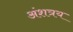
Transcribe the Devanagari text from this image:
अंशत्रय